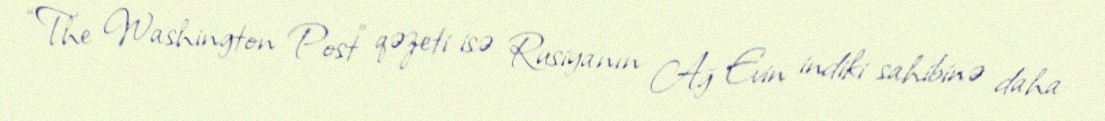
“The Washington Post” qəzeti isə Rusiyanın Ağ Evin indiki sahibinə daha